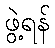
ဖွဲ့ရန်